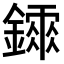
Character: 𨭂